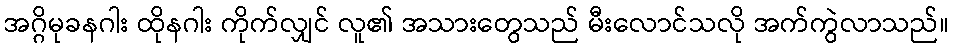
အဂ္ဂိမုခနဂါး ထိုနဂါး ကိုက်လျှင် လူ၏ အသားတွေသည် မီးလောင်သလို အက်ကွဲလာသည်။